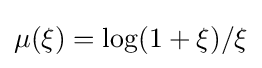
\mu (\xi )=\log(1+\xi )/\xi